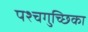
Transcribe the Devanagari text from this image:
पश्चगुच्छिका